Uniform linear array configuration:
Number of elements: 24
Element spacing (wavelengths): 0.75
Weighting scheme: binomial
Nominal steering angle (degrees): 45
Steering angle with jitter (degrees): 44.912
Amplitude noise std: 0.05
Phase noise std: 0.05

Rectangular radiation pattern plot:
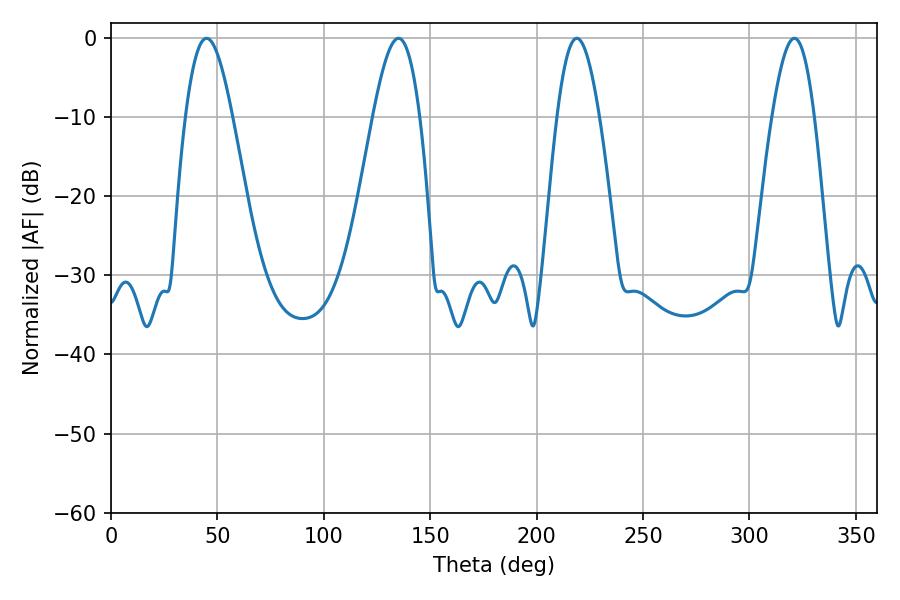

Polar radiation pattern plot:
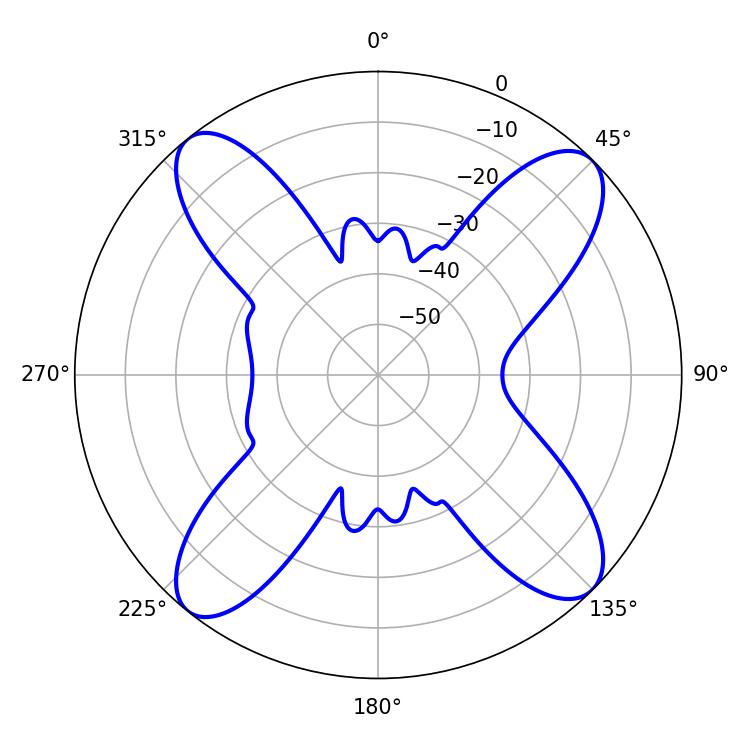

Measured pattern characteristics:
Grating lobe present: TRUE
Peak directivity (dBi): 14.895
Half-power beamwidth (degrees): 10.8
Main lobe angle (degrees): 321.12